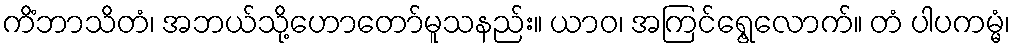
ကိံဘာသိတံ၊ အဘယ်သို့ဟောတော်မူသနည်း။ ယာဝ၊ အကြင်ရွေ့လောက်။ တံ ပါပကမ္မံ၊